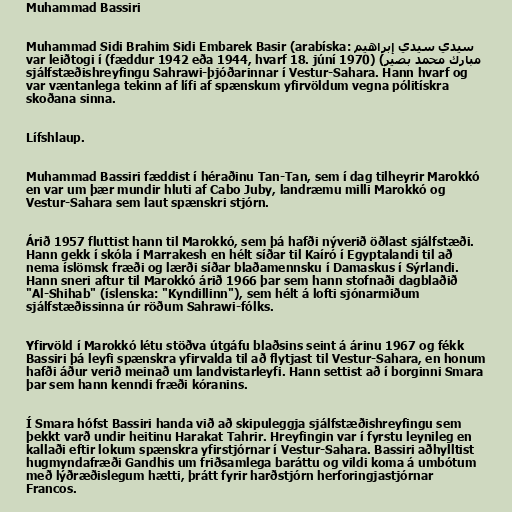
Muhammad Bassiri

Muhammad Sidi Brahim Sidi Embarek Basir (arabíska: سيدي سيدي إبراهيم
مبارك محمد بصير) (fæddur 1942 eða 1944, hvarf 18. júní 1970) var leiðtogi í
sjálfstæðishreyfingu Sahrawi-þjóðarinnar í Vestur-Sahara. Hann hvarf og
var væntanlega tekinn af lífi af spænskum yfirvöldum vegna pólitískra
skoðana sinna.

Lífshlaup.

Muhammad Bassiri fæddist í héraðinu Tan-Tan, sem í dag tilheyrir Marokkó
en var um þær mundir hluti af Cabo Juby, landræmu milli Marokkó og
Vestur-Sahara sem laut spænskri stjórn.

Árið 1957 fluttist hann til Marokkó, sem þá hafði nýverið öðlast sjálfstæði.
Hann gekk í skóla í Marrakesh en hélt síðar til Kaíró í Egyptalandi til að
nema íslömsk fræði og lærði síðar blaðamennsku í Damaskus í Sýrlandi.
Hann sneri aftur til Marokkó árið 1966 þar sem hann stofnaði dagblaðið
"Al-Shihab" (íslenska: "Kyndillinn"), sem hélt á lofti sjónarmiðum
sjálfstæðissinna úr röðum Sahrawi-fólks.

Yfirvöld í Marokkó létu stöðva útgáfu blaðsins seint á árinu 1967 og fékk
Bassiri þá leyfi spænskra yfirvalda til að flytjast til Vestur-Sahara, en honum
hafði áður verið meinað um landvistarleyfi. Hann settist að í borginni Smara
þar sem hann kenndi fræði kóranins.

Í Smara hófst Bassiri handa við að skipuleggja sjálfstæðishreyfingu sem
þekkt varð undir heitinu Harakat Tahrir. Hreyfingin var í fyrstu leynileg en
kallaði eftir lokum spænskra yfirstjórnar í Vestur-Sahara. Bassiri aðhylltist
hugmyndafræði Gandhis um friðsamlega baráttu og vildi koma á umbótum
með lýðræðislegum hætti, þrátt fyrir harðstjórn herforingjastjórnar
Francos.